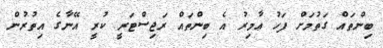
ބިންތައް ގަތުމަށް ފަހު ޢާމިރު އެ ބިންތައް ރަޖިސްޓަރީ ކުރީ އޭނާގެ އިތުރުން